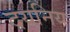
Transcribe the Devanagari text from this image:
दयनिय